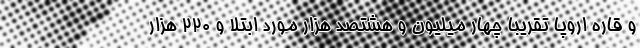
و قاره اروپا تقریبا چهار میلیون و هشتصد هزار مورد ابتلا و ۲۲۰ هزار